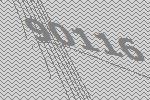
90116